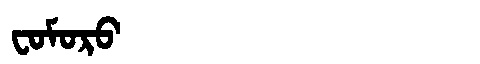
Manchu: ᠸᠣᠮᠣᡵᠣ
Romanization: FOMORO